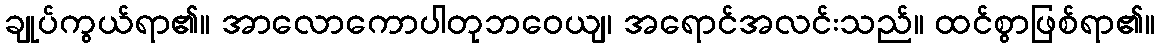
ချုပ်ကွယ်ရာ၏။ အာလောကောပါတုဘဝေယျ၊ အရောင်အလင်းသည်။ ထင်စွာဖြစ်ရာ၏။